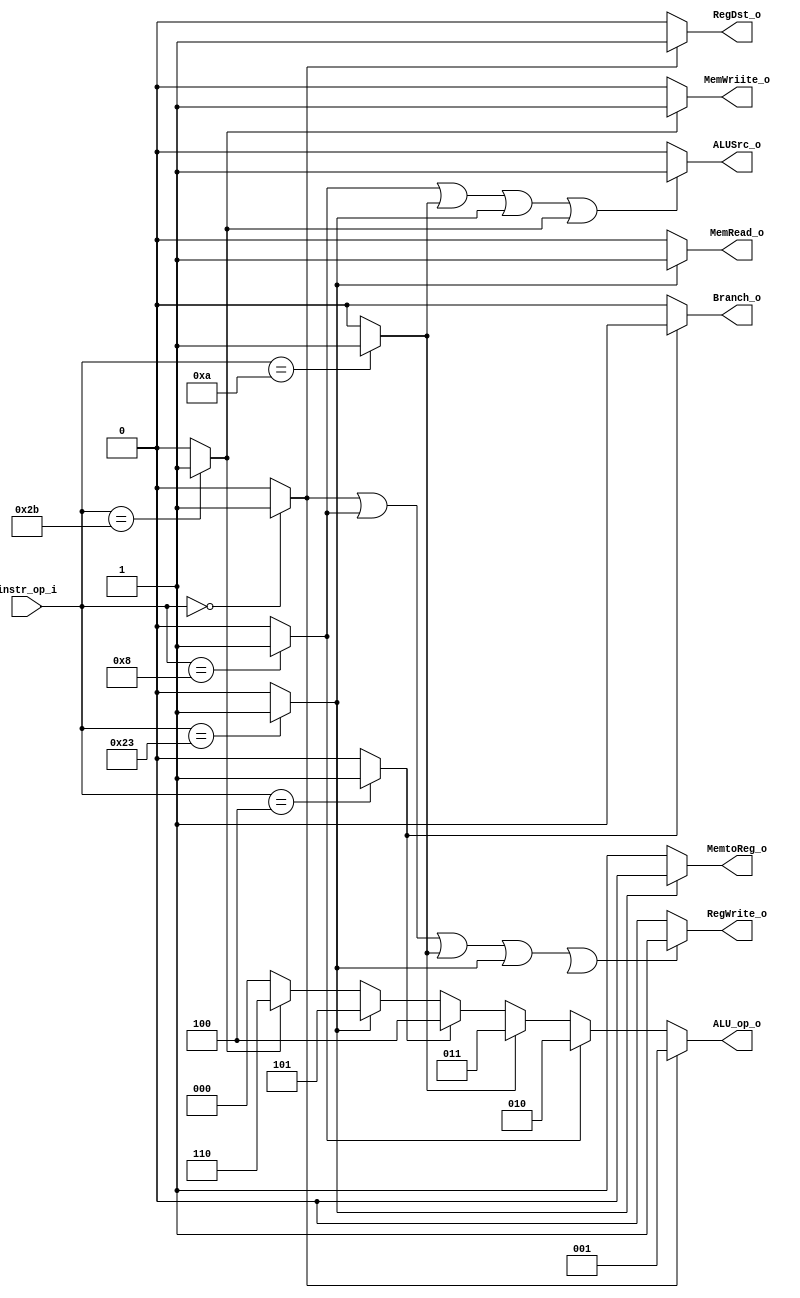
//student's id: 0716325
//Subject:     CO project 2 - Decoder
//--------------------------------------------------------------------------------
//Version:     1
//--------------------------------------------------------------------------------
//Writer:      0716325
//----------------------------------------------
//Date:        
//----------------------------------------------
//Description: 
//--------------------------------------------------------------------------------

module Decoder(
    instr_op_i,
	RegWrite_o,
	ALU_op_o,
	ALUSrc_o,
	RegDst_o,
	Branch_o,
    MemRead_o,
    MemWriite_o,
    MemtoReg_o
	);
     
//I/O ports
input  [6-1:0] instr_op_i;

output         RegWrite_o;
output [3-1:0] ALU_op_o;
output         ALUSrc_o;
output         RegDst_o;
output         Branch_o;
output         MemRead_o;
output         MemWriite_o;
output         MemtoReg_o;



 
//Internal Signals
reg         RegWrite_o;
reg [3-1:0] ALU_op_o;
reg         ALUSrc_o;
reg         RegDst_o;
reg         Branch_o;
reg         MemRead_o;
reg         MemWriite_o;
reg         MemtoReg_o;

//Parameter
wire r_format, addi, slti, beq,lw,sw,jump,jal;

//Main function

assign r_format = (instr_op_i == 0)  ? 1 : 0;
assign     addi = (instr_op_i == 8)  ? 1 : 0;
assign     slti = (instr_op_i == 10) ? 1 : 0;
assign      beq = (instr_op_i == 4)  ? 1 : 0;
assign      lw =  (instr_op_i == 35) ? 1 : 0;
assign      sw =  (instr_op_i == 43) ? 1 : 0;


always@(*)begin
	if(r_format)
	   ALU_op_o = 1;
	else if(addi)
	   ALU_op_o = 2;
	else if(slti)
	   ALU_op_o = 3;
	else if(beq)
	   ALU_op_o = 4;
	else if(lw)
	   ALU_op_o = 5;
	else if(sw)
	   ALU_op_o = 6;
    else
       ALU_op_o = 0;
end


always@(*)begin
	if(r_format | addi | slti | lw | jal)
	    RegWrite_o = 1;
    else
        RegWrite_o = 0;
end

always@(*)begin
	if(addi | slti | lw | sw)
	    ALUSrc_o = 1;
    else
        ALUSrc_o = 0;
end

always@(*)begin
    if(r_format)
	    RegDst_o = 1;
    else
        RegDst_o = 0;
end

always@(*)begin
	if(beq)
	    Branch_o = 1;
    else
        Branch_o = 0;
end

always@(*)begin
	if(lw)
	    MemRead_o = 1;
    else
        MemRead_o = 0;
end

always@(*)begin
	if(sw)
	    MemWriite_o = 1;
    else
        MemWriite_o = 0;
end

always@(*)begin
    if(lw)
	    MemtoReg_o = 0;
    else
        MemtoReg_o = 1;
end

endmodule